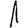
Digit: 1